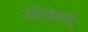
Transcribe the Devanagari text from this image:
अतिमैथुन